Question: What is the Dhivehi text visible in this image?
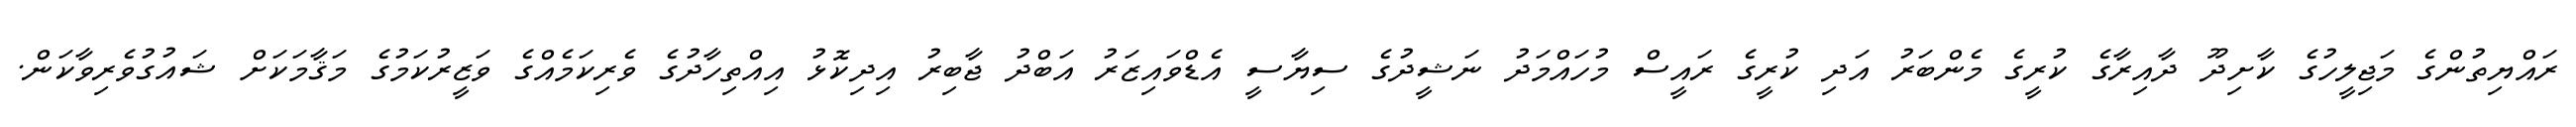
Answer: ރައްޔިތުންގެ މަޖިލީހުގެ ކާށިދޫ ދާއިރާގެ ކުރީގެ މެންބަރު އަދި ކުރީގެ ރައީސް މުހައްމަދު ނަޝީދުގެ ސިޔާސީ އެޑްވައިޒަރު އަބްދު ޖާބިރު އިދިކޮޅު އިއްތިހާދުގެ ވެރިކަމެއްގެ ވަޒީރުކަމުގެ މަޤާމަކަށް ޝައުގުވެރިވާކަން.